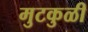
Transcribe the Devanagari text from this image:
मुटकुळी